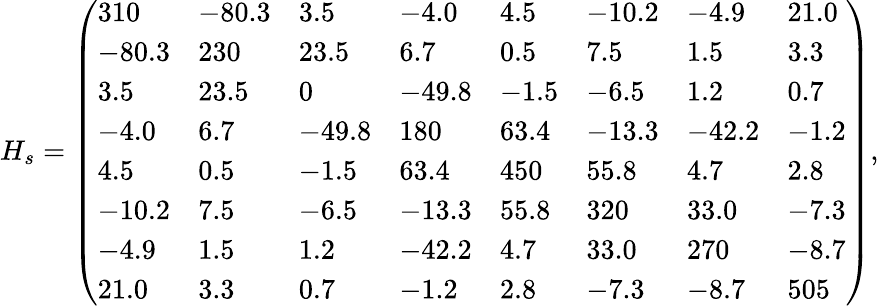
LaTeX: H_{s}=\left(\begin{array}{llllllll}{310}&{-80.3}&{3.5}&{-4.0}&{4.5}&{-10.2}&{-4.9}&{21.0}\\ {-80.3}&{230}&{23.5}&{6.7}&{0.5}&{7.5}&{1.5}&{3.3}\\ {3.5}&{23.5}&{0}&{-49.8}&{-1.5}&{-6.5}&{1.2}&{0.7}\\ {-4.0}&{6.7}&{-49.8}&{180}&{63.4}&{-13.3}&{-42.2}&{-1.2}\\ {4.5}&{0.5}&{-1.5}&{63.4}&{450}&{55.8}&{4.7}&{2.8}\\ {-10.2}&{7.5}&{-6.5}&{-13.3}&{55.8}&{320}&{33.0}&{-7.3}\\ {-4.9}&{1.5}&{1.2}&{-42.2}&{4.7}&{33.0}&{270}&{-8.7}\\ {21.0}&{3.3}&{0.7}&{-1.2}&{2.8}&{-7.3}&{-8.7}&{505}\end{array}\right),